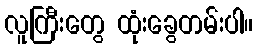
လူကြီးတွေ ထုံးခွေတမ်းပါ။